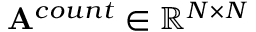
\mathbf { A } ^ { c o u n t } \in \mathbb { R } ^ { N \times N }